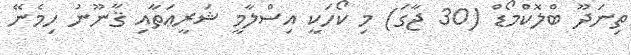
ތިނަދޫ ބްލޮކްމޯޑް (30 ޖާގަ) މި ކޯހަކީ އިސްލާމީ ޝަރީޢަތާއި ޤާނޫނު ހިމެނޭ